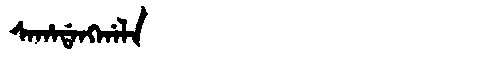
Manchu: ᠰᠠᡥᠠᡩᠠᠩᡤᠠᠯᠠ
Romanization: SAHADANGGALA